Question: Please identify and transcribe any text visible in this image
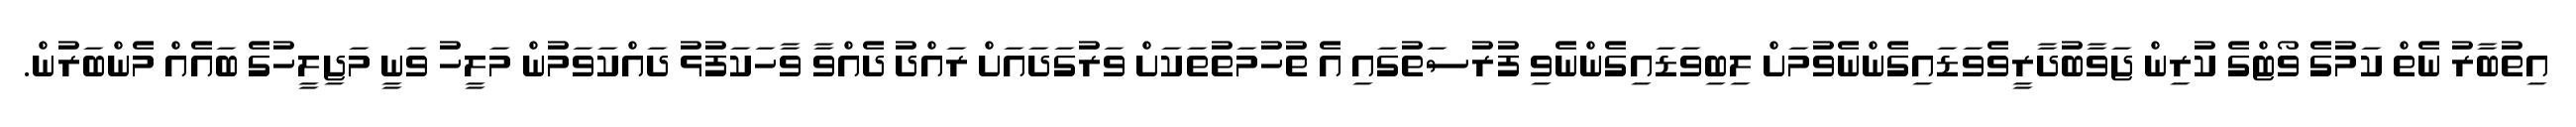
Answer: އިތުބާރު ނެތް ކަމުގެ ވޯޓްގެ ކުރިން ޖަވާބުދާރީވެވަޑައިގެންނެވުމަށް ލިބިވަޑައިގެންނެވި ފުރުސަތުގައި އެ ތުހުމަތުތަކަށް ވަރުގަދައަށް ރައްދު ދެއްވާ ވާހަކަފުޅު ދައްކަވަމުން މަލީހު ވަނީ މަޖިލީހުގެ ބައެއް މެންބަރުން.